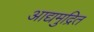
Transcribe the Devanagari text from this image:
आद्यमुद्रित